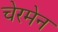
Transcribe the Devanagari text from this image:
चेरमेन